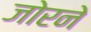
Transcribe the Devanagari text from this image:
जोरने